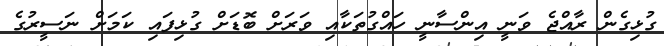
ގުޅިގެން ރާއްޖެ ވަނީ އިންސާނީ ހައްގުތަކާއި ވަރަށް ބޮޑަށް ގުޅިފައި ކަމަށް ނަސީރުގެ